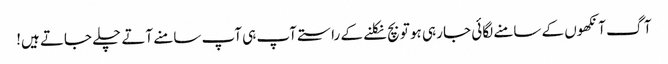
آگ آنکھوں کے سامنے لگائی جا رہی ہو تو بچ نکلنے کے راستے آپ ہی آپ سامنے آتے چلے جاتے ہیں!